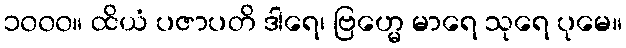
၁၀၀၀။ ထိယံ ပဇာပတိ ဒါရေ၊ ဗြဟ္မေ မာရေ သုရေ ပုမေ။